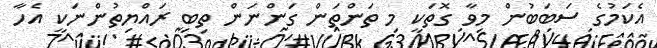
އެކަމުގެ ސަބަބުން މިވާ ގޮތަކީ މި ތަންތަން ގަންނަން ތިބި ރައްޔިތުންނަކީ އެހާ